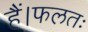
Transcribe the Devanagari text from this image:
हैं।फलतः